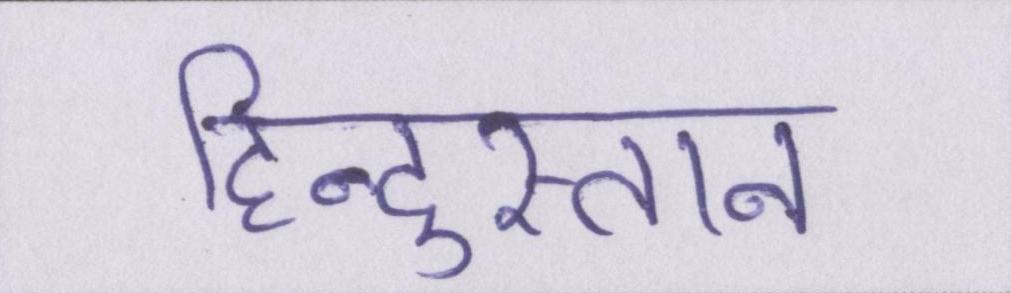
हिन्दुस्तान